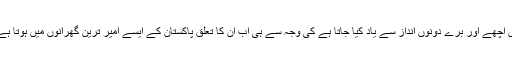
پراپرٹی بزنس میں اُن کی کامیابی کے پیچھے چھپے اسرار جنہیں اچھے اور بُرے دونوں انداز سے یاد کیا جاتا ہے کی وجہ سے ہی اب اُن کا تعلق پاکستان کے ایسے امیر ترین گھرانوں میں ہوتا ہے، جو اپنے ذاتی جہازوں میں ملک ملک سفر کرتے نظر آتے ہیں۔